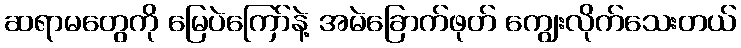
ဆရာမတွေကို မြေပဲကြော်နဲ့ အမဲခြောက်ဖုတ် ကျွေးလိုက်သေးတယ်